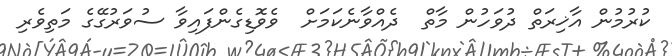
ކުރުމުން އާޚިރަތް ދުވަހުން މާތް  ދެއްވާނެކަމަށް  ވެވޮޑިގެންފައިވާ ސުވަރުގޭގެ މަތިވެރި